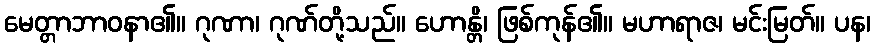
မေတ္တာဘာဝနာ၏။ ဂုဏာ၊ ဂုဏ်တို့သည်။ ဟောန္တိ၊ ဖြစ်ကုန်၏။ မဟာရာဇ၊ မင်းမြတ်။ ပန၊